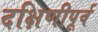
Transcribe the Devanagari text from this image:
दक्षिणीपूर्व